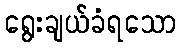
ရွေးချယ်ခံရသော